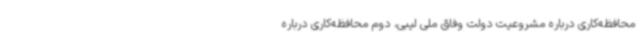
محافظه‌کاری درباره مشروعیت دولت وفاق ملی لیبی، دوم محافظه‌کاری درباره